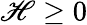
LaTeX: \mathscr{H}\geq0